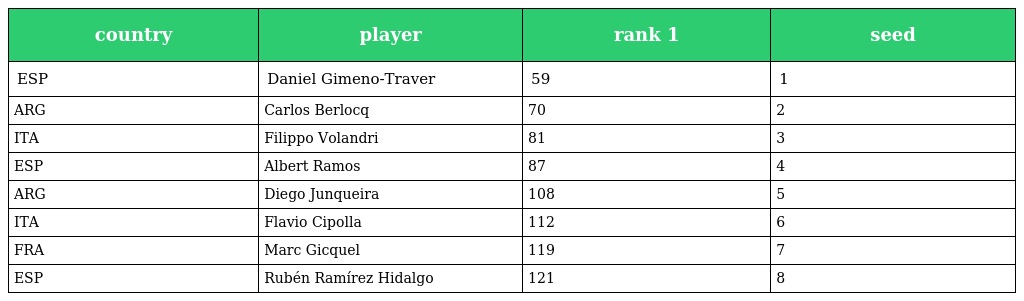
| country | player | rank 1 | seed |
 | --- | --- | --- | --- |
 | ESP | Daniel Gimeno-Traver | 59 | 1 |
 | ARG | Carlos Berlocq | 70 | 2 |
 | ITA | Filippo Volandri | 81 | 3 |
 | ESP | Albert Ramos | 87 | 4 |
 | ARG | Diego Junqueira | 108 | 5 |
 | ITA | Flavio Cipolla | 112 | 6 |
 | FRA | Marc Gicquel | 119 | 7 |
 | ESP | Rubén Ramírez Hidalgo | 121 | 8 |